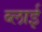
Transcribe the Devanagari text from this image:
ब्लाई